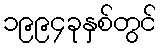
၁၉၉၄ခုနှစ်တွင်